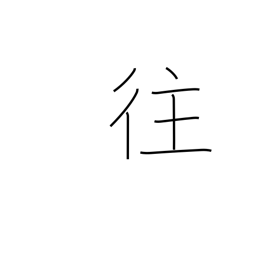
Meaning: journey